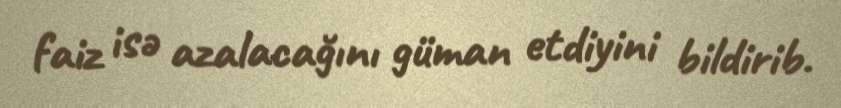
faiz isə azalacağını güman etdiyini bildirib.